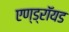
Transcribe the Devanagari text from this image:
एण्ड्रॉयड